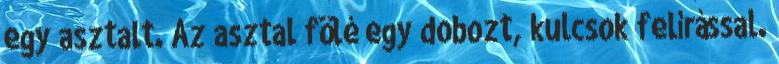
egy asztalt. Az asztal fölé egy dobozt, kulcsok felírással.